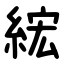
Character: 綋